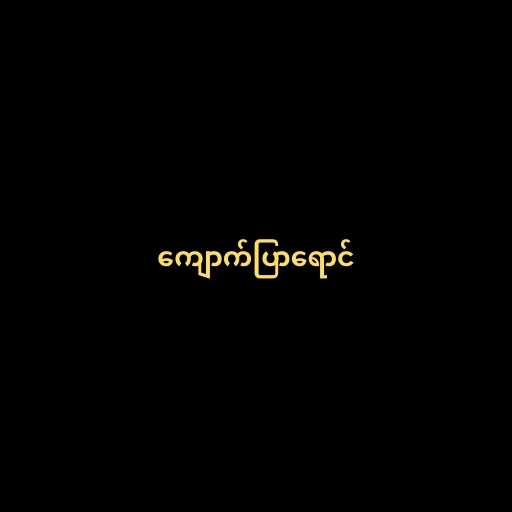
ကျောက်ပြာရောင်